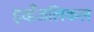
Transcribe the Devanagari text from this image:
इव्हँजलिकल